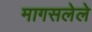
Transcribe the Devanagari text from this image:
मागसलेले